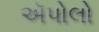
ઍપોલો